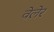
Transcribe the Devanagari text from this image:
वेलेर